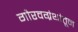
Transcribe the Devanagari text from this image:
गौरवग्रंथांतून